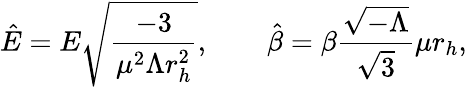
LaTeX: {\hat{E}}=E{\sqrt{\frac{-3}{\mu^{2}\Lambda r_{h}^{2}}}},\qquad{\hat{\beta}}=\beta\frac{{\sqrt{-\Lambda}}}{{\sqrt{3}}}\mu r_{h},